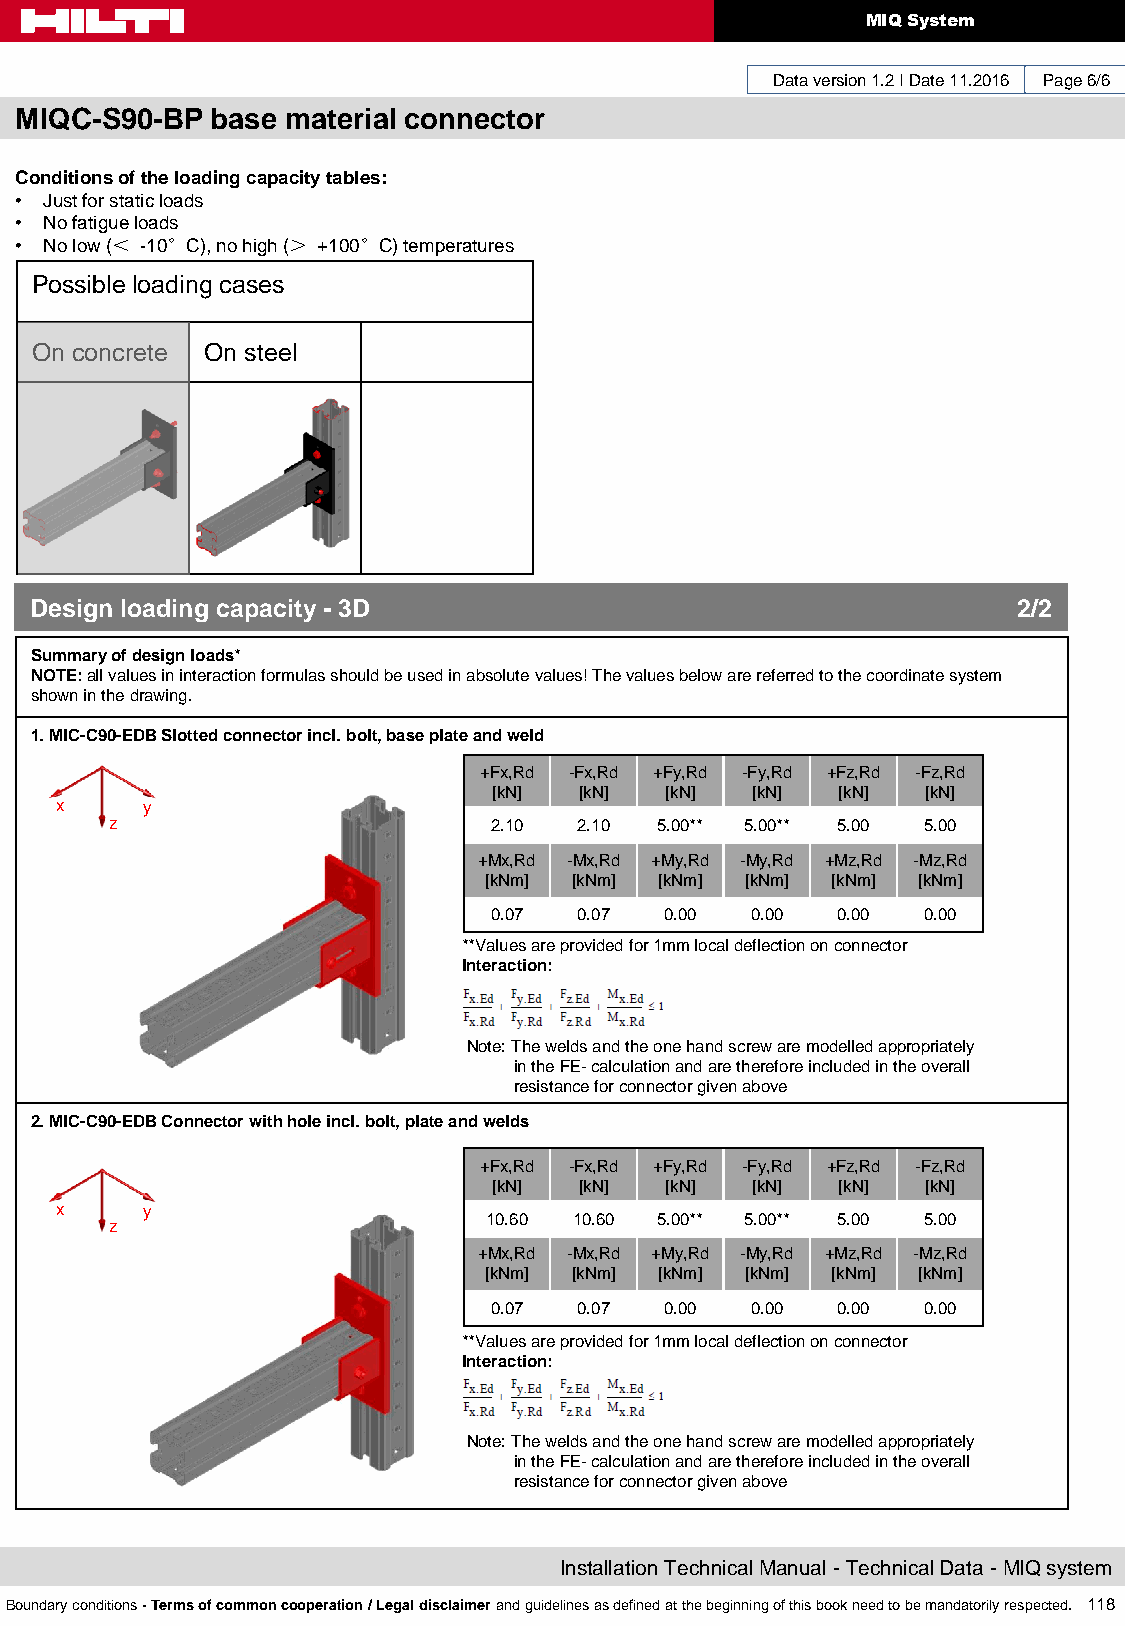
MIQ System
 Data version 1.2 I Date 11.2016 Page 6/6
 MIQC-S90-BP  base material connector
 Conditions of the loading capacity tables:
 • Just for static loads
 • No fatigue loads
 • No low (＜ -10°C), no high (＞ +100°C) temperatures
 Possible loading cases
 On concrete On steel
 Design loading capacity - 3D                                     2/2
 Summary of design loads*
 NOTE: all values in interaction formulas should be used in absolute values! The values below are referred to the coordinate system
 shown in the drawing.
 1. MIC-C90-EDB Slotted connector incl. bolt, base plate and weld
 +Fx,Rd -Fx,Rd +Fy,Rd -Fy,Rd +Fz,Rd -Fz,Rd
 [kN] [kN]  [kN]  [kN]  [kN] [kN]
 x    y
 z                        2.10  2.10  5.00** 5.00** 5.00 5.00
 +Mx,Rd -Mx,Rd +My,Rd -My,Rd +Mz,Rd -Mz,Rd
 [kNm] [kNm] [kNm] [kNm] [kNm] [kNm]
 0.07  0.07  0.00  0.00 0.00  0.00
 **Values are provided for 1mm local deflection on connector
 Interaction:
 Note: The welds and the one hand screw are modelled appropriately
 in the FE- calculation and are therefore included in the overall
 resistance for connector given above
 2. MIC-C90-EDB Connector with hole incl. bolt, plate and welds
 +Fx,Rd -Fx,Rd +Fy,Rd -Fy,Rd +Fz,Rd -Fz,Rd
 [kN] [kN]  [kN]  [kN]  [kN] [kN]
 x    y
 z
 10.60 10.60 5.00** 5.00** 5.00 5.00
 +Mx,Rd -Mx,Rd +My,Rd -My,Rd +Mz,Rd -Mz,Rd
 [kNm] [kNm] [kNm] [kNm] [kNm] [kNm]
 0.07  0.07  0.00  0.00 0.00  0.00
 **Values are provided for 1mm local deflection on connector
 Interaction:
 Note: The welds and the one hand screw are modelled appropriately
 in the FE- calculation and are therefore included in the overall
 resistance for connector given above
 Installation Technical Manual - Technical Data - MIQ system
 Boundary conditions - Terms of common cooperation / Legal disclaimer and guidelines as defined at the beginning of this book need to be mandatorily respected. 118